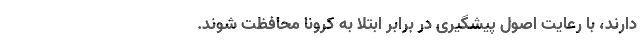
دارند، با رعایت اصول پیشگیری در برابر ابتلا به کرونا محافظت شوند.